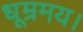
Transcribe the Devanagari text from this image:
धूम्रमय।